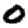
Digit: 0